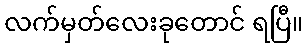
လက်မှတ်လေးခုတောင် ရပြီ။